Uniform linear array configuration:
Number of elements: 8
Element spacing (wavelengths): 0.5
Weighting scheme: cosine
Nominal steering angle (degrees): -45
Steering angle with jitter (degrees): -46.677
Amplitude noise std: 0.05
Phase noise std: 0.05

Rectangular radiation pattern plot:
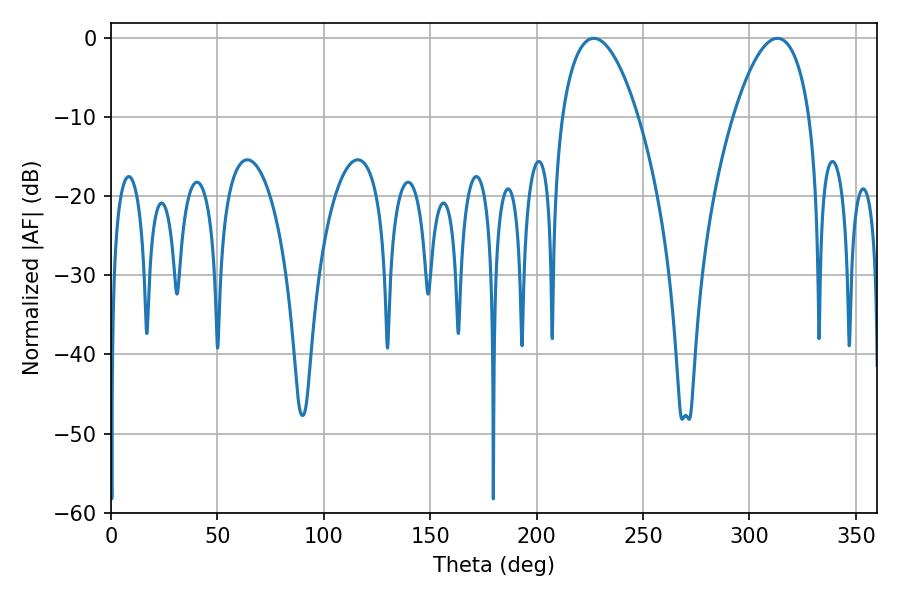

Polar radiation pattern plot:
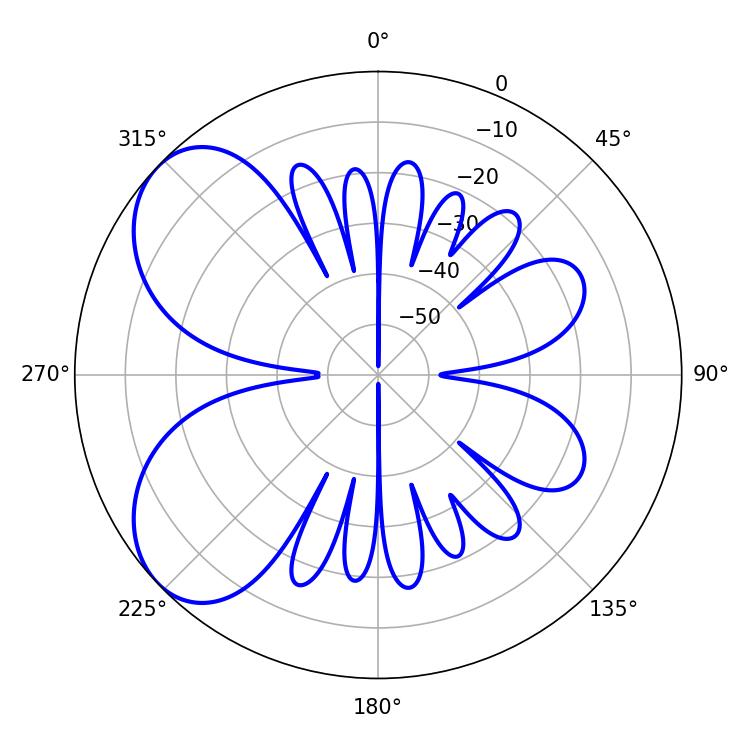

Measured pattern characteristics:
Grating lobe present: FALSE
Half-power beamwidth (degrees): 19.98
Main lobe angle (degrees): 226.8